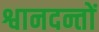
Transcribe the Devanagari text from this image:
श्वानदन्तों